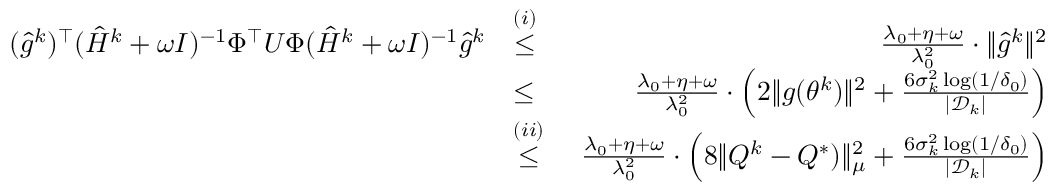
\begin{array} { r l r } { ( \hat { g } ^ { k } ) ^ { \top } ( \hat { H } ^ { k } + \omega I ) ^ { - 1 } \Phi ^ { \top } U \Phi ( \hat { H } ^ { k } + \omega I ) ^ { - 1 } \hat { g } ^ { k } } & { \overset { ( i ) } { \leq } } & { \, \, \frac { \lambda _ { 0 } + \eta + \omega } { \lambda _ { 0 } ^ { 2 } } \cdot \| \hat { g } ^ { k } \| ^ { 2 } } \\ & { \leq } & { \, \, \frac { \lambda _ { 0 } + \eta + \omega } { \lambda _ { 0 } ^ { 2 } } \cdot \left( 2 \| g ( \theta ^ { k } ) \| ^ { 2 } + \frac { 6 \sigma _ { k } ^ { 2 } \log ( 1 / \delta _ { 0 } ) } { | \mathcal { D } _ { k } | } \right) } \\ & { \overset { ( i i ) } { \leq } } & { \, \, \frac { \lambda _ { 0 } + \eta + \omega } { \lambda _ { 0 } ^ { 2 } } \cdot \left( 8 \| Q ^ { k } - Q ^ { * } ) \| _ { \mu } ^ { 2 } + \frac { 6 \sigma _ { k } ^ { 2 } \log ( 1 / \delta _ { 0 } ) } { | \mathcal { D } _ { k } | } \right) } \end{array}